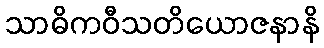
သာဓိကဝီသတိယောဇနာနိ